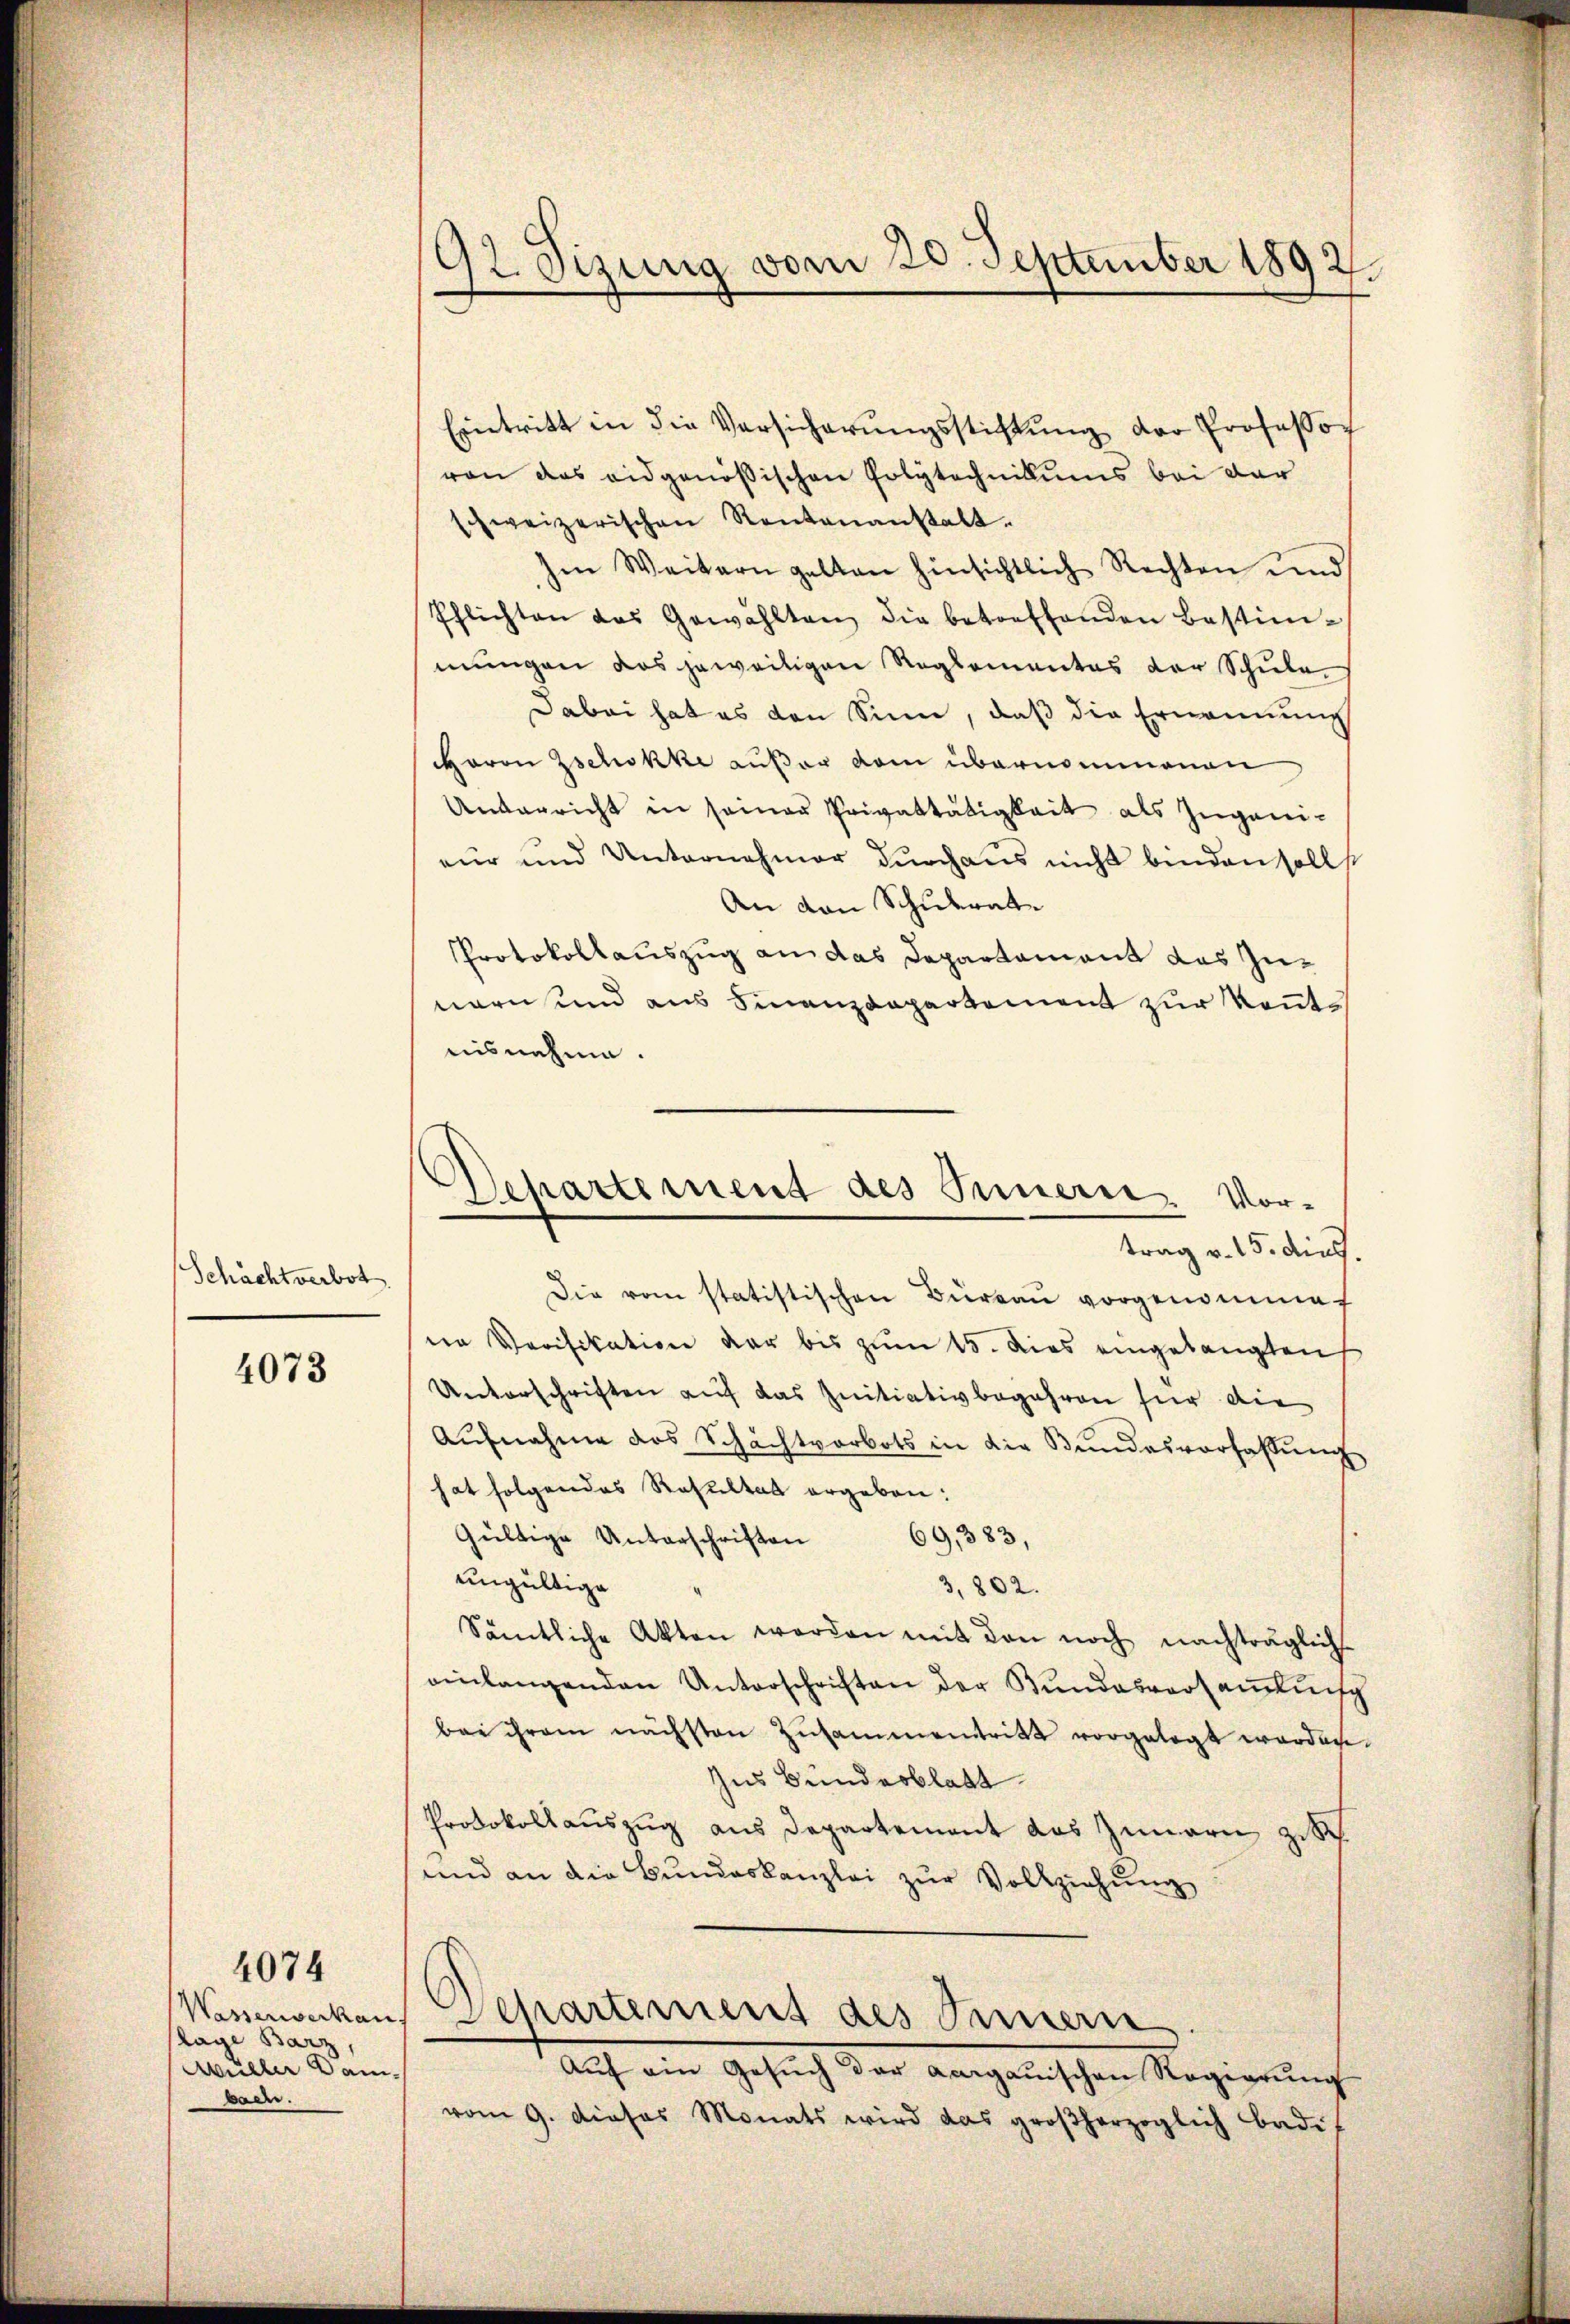
Schächtverbot

4073

Wasserverkau
lage Barz,
Müller Dam
bach.

4074

92 Sizung vom 20. September 1892.

Eintritt in die Versicherŭngsstiftŭng der Professor
von das eidgenößischen Polytechnikums bei der
schweizerischen Rentenanstalt.
Im Weitern gelten hinsichtlich Rechten und
Pflichten das Gewählten die betreffenden Bestim-
mungen das jeweitigen Reglementes der Schule.
Dabei hat es den Sinn, daß die Ernennung
Haron Zschokke außer vom übernommenen
Underricht in seiner Privattätigkeit als Zuganieur und Unternehmer durchaus nicht binden soll
An von Schulrate
Protokollauszug an das Departament das Zunern und aus Finanzdepartement zur Kenntnisnehme.
Die vom statistischen Büreaŭ vorgenomme
ne Verifikation der bis zum 15. Dies eingelangten
Unterschriften auf das Initiativbegehren für die
Aŭfnahme das Schachtverbots in die Bundesverfaßung
hat folgendes Resultat ergeben:
Gültige Unterschriften
69,383,
ungültige
3,802.
Sämtliche Akten werden mit den noch nachträglich
einlangenden Unterschriften der Bundesversamlung
bei ihrem nächsten Zusammentritt vorgelegt worden.
Zus Bundesblatt
Protokollauszug aus Departement das Innern zusch
und an die Bundeskanzlei zur Vollziehung
Separtement des Innern
Aŭf am Gesŭch der aargauischen Regierŭng
vom 9. dieses Monats wird das großherzoglich badis

Dehartement des Innern Vor-
trag v. 15. dies